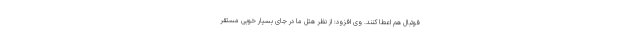
فوتبال هم اعطا کنند. وی افزود: از نظر هتل ما در جای بسیار خوبی مستقر